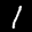
Label: 1